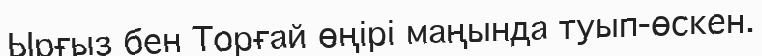
Ырғыз бен Торғай өңірі маңында туып-өскен.